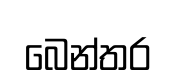
බෙන්තර